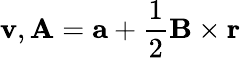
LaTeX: \mathbf{v},\mathbf{{A}}=\mathbf{{a}}+\frac{{1}}{{2}}\mathbf{{B}}\times\mathbf{{r}}